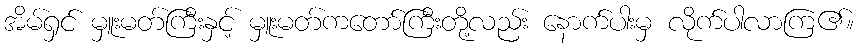
အိမ်ရှင် မှူးမတ်ကြီးနှင့် မှူးမတ်ကတော်ကြီးတို့လည်း နောက်ပါးမှ လိုက်ပါလာကြ၏။